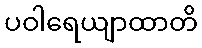
ပဝါရေယျာထာတိ